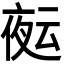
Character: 𭐻